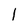
Character: l